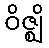
ဝိဇ္ဈိ